Sanitation, dispensaries and jails vaccination Rajputana 1922-1927 - 1922-1927
Year: 1922
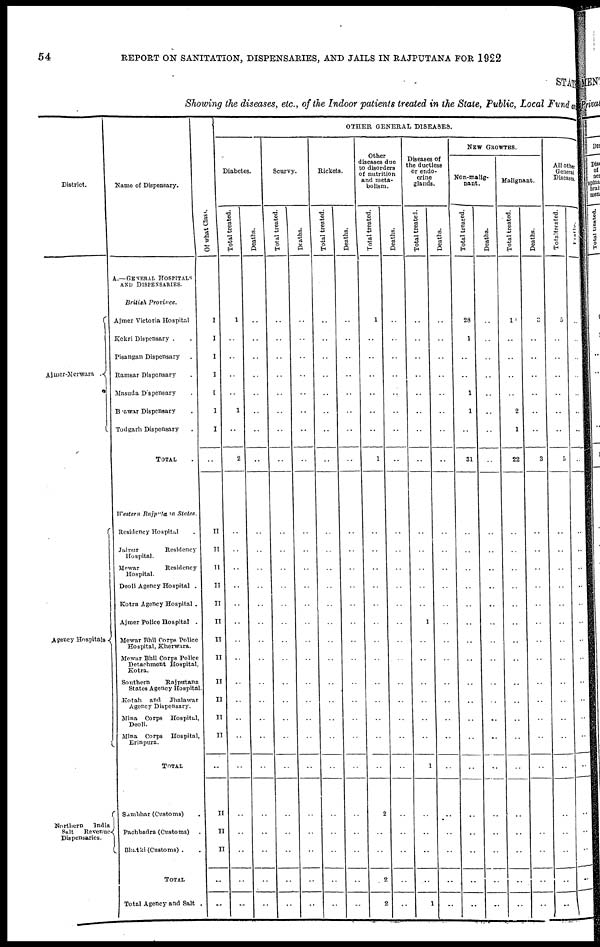
54
REPORT ON SANITATION, DISPENSARIES, AND JAILS IN RAJPUTANA FOR 1922
STATE
Showing the diseases, etc., of the Indoor patients treated in the State, Public, Local Fund an
District.
Ajmer Merwara .
Agency Hospitals
Northern
India
Salt
Revenue
Dispensaries.
Name of Dispensary.
A.—GENERAL HOSPITALS
AND DISPENSARIES.
British Province.
Ajmer Victoria Hospital
Kekri Dispensary .
Pisangan Dispensary .
Ramar Dispensary .
Masuda Dspensary .
Beawar Dispensary .
Todgarh Dispensary .
TOTAL .
Western Rajputana States.
Residency Hospital .
Jaipur
Residency
Hospital.
Mewar
Residency
Hospital.
Deoli Agency Hospital .
Kotra Agency Hospital .
Ajmer Police Hospital .
Mewar Bhil Corps Police
Hospital, Kherwara.
Mewar Bhil Corps Police
Detachment Hospital,
Kotra.
Southern
Rajputana
States Agency Hospital.
Kotah and Jhalawar
Agency Dispensary.
Mina Corps Hospital,
Deoli.
Mina Corps Hospital,
Erinpura.
TOTAL
Sambhar (Customs) .
Pachbadra (Customs) .
Bhatki (Customs) .
TOTAL
Total Agency and Salt .
Of what Class.
I
I
I
I
I
I
I
..
II
II
II
II
II
II
II
II
II
II
II
II
..
II
II
II
..
..
OTHER GENERAL DISEASES.
Diabetes.
Total treated.
1
..
..
..
..
1
..
2
..
..
..
..
..
..
..
..
..
..
..
..
..
..
..
..
..
..
Deaths.
..
..
..
..
..
..
..
..
..
..
..
..
..
..
..
..
..
..
..
..
..
..
..
..
..
..
Scurvy.
Total treated.
..
..
..
..
..
..
..
..
..
..
..
..
..
..
..
..
..
..
..
..
..
..
..
..
..
..
Deaths.
..
..
..
..
..
..
..
..
..
..
..
..
..
..
..
..
..
..
..
..
..
..
..
..
..
..
Rickets.
Total treated.
..
..
..
..
..
..
..
..
..
..
..
..
..
..
..
..
..
..
..
..
..
..
..
..
..
..
Deaths.
..
..
..
..
..
..
..
..
..
..
..
..
..
..
..
..
..
..
..
..
..
..
..
..
..
..
Other
diseases due
to disorders
of nutrition
and meta-
bolism.
Total treated.
1
..
..
..
..
..
..
1
..
..
..
..
..
..
..
..
..
..
..
..
..
2
..
..
2
2
Deaths.
..
..
..
..
..
..
..
..
..
..
..
..
..
..
..
..
..
..
..
..
..
..
..
..
..
..
Diseases of
the ductless
or endo-
crine
glands.
Total treated.
..
..
..
..
..
..
..
..
..
..
..
..
..
1
..
..
..
..
..
..
1
..
..
..
..
1
Deaths.
..
..
..
..
..
..
..
..
..
..
..
..
..
..
..
..
..
..
..
..
..
..
..
..
..
..
NEW GROWTHS.
Non malig-
nant.
Total treated.
28
1
..
..
1
1
..
31
..
..
..
..
..
..
..
..
..
..
..
..
..
..
..
..
..
..
Deaths.
..
..
..
..
..
..
..
..
..
..
..
..
..
..
..
..
..
..
..
..
..
..
..
..
..
..
Malignant.
Total treated.
10
..
..
..
..
2
1
22
..
..
..
..
..
..
..
..
..
..
..
..
..
..
..
..
..
..
Deaths.
3
..
..
..
..
..
..
3
..
..
..
..
..
..
..
..
..
..
..
..
..
..
..
..
..
..
All other
General
Diseases.
Total treated.
5
..
..
..
..
..
..
5
..
..
..
..
..
..
..
..
..
..
..
..
..
..
..
..
..
..
Deaths.
..
..
..
..
..
..
..
..
..
..
..
..
..
..
..
..
..
..
..
..
..
..
..
..
..
..